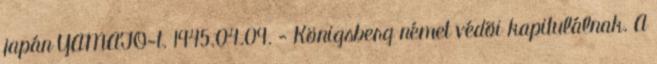
japán YAMATO-t. 1945.04.09. - Königsberg német védõi kapitulálnak. A